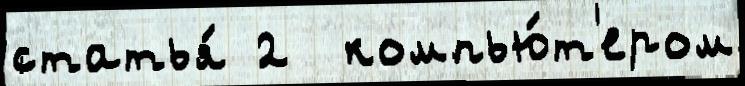
статья́ 2  компью́т'ером